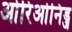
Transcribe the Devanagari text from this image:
ओरिओनिड्ज